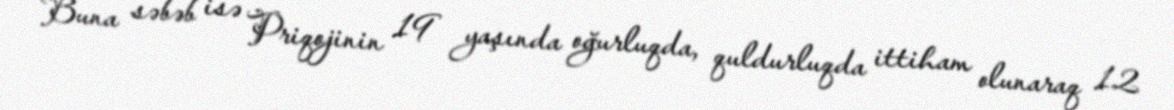
Buna səbəb isə Priqojinin 19 yaşında oğurluqda, quldurluqda ittiham olunaraq 12